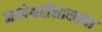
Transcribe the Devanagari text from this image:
ज्ञानेश्वरीसारख्या